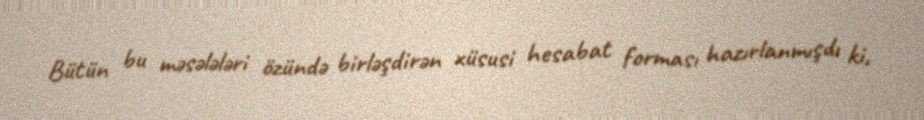
Bütün bu məsələləri özündə birləşdirən xüsusi hesabat forması hazırlanmışdı ki,